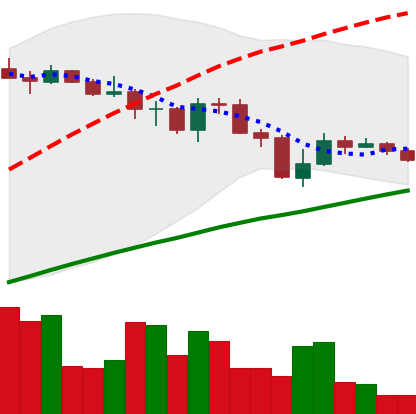
Ticker: LINK-USD
Chart end date: 2019-07-22
Forward return: -6.895%
Label: down_5_7